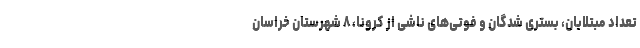
تعداد مبتلایان، بستری شدگان و فوتی‌های ناشی از کرونا، ۸ شهرستان خراسان